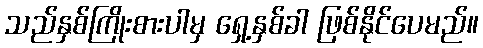
သည်နှစ်ကြိုးစားပါမှ ရှေ့နှစ်ခါ ဖြစ်နိုင်ပေမည်။